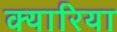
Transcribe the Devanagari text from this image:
क्यारिया